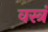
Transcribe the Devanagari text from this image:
वस्त्रं